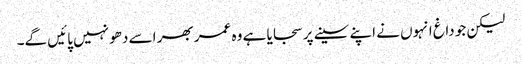
لیکن جو داغ انہوں نے اپنے سینے پر سجایا ہے وہ عمر بھر اسے دھو نہیں پائیں گے۔